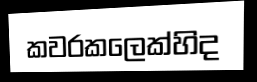
කවරකලෙක්හිද